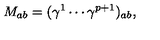
M _ { a b } = ( \gamma ^ { 1 } \cdots \gamma ^ { p + 1 } ) _ { a b } ,